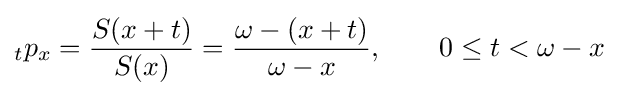
{}_{t}p_{x}={\frac {S(x+t)}{S(x)}}={\frac {\omega -(x+t)}{\omega -x}},\qquad 0\leq t<\omega -x